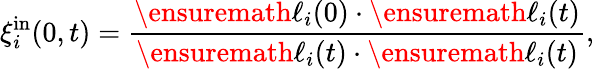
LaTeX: \xi_{i}^{\mathrm{in}}(0,t)=\frac{\ensuremath{\mathbf{{\ell}}}_{i}(0)\cdot\ensuremath{\mathbf{{\ell}}}_{i}(t)}{\ensuremath{\mathbf{{\ell}}}_{i}(t)\cdot\ensuremath{\mathbf{{\ell}}}_{i}(t)},